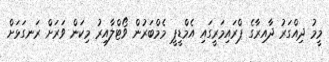
މީމު ދިއްގަރު ދާއިރާގެ ޕްރައިމަރީގައި އެމްޑީޕީ މެމްބަރުން ވޯޓްލާއިރު މިކަން ވަރަށް ރަނގަޅަށް